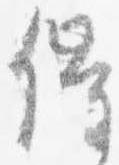
催